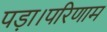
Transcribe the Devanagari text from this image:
पड़ा।परिणाम